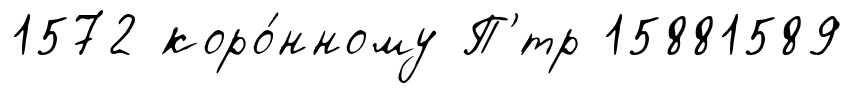
1572 коро́нному П'́тр 15881589